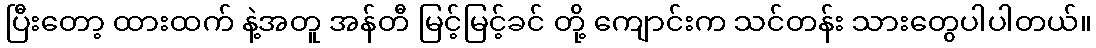
ပြီးတော့ ထားထက် နဲ့အတူ အန်တီ မြင့်မြင့်ခင် တို့ ကျောင်းက သင်တန်း သားတွေပါပါတယ်။